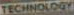
TECHNOLOGY